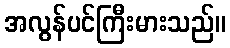
အလွန်ပင်ကြီးမားသည်။